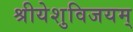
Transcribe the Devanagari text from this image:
श्रीयेशुविजयम्